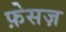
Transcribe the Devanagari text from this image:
फ़ेसज़